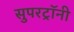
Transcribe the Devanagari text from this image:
सुपरट्रॉनी